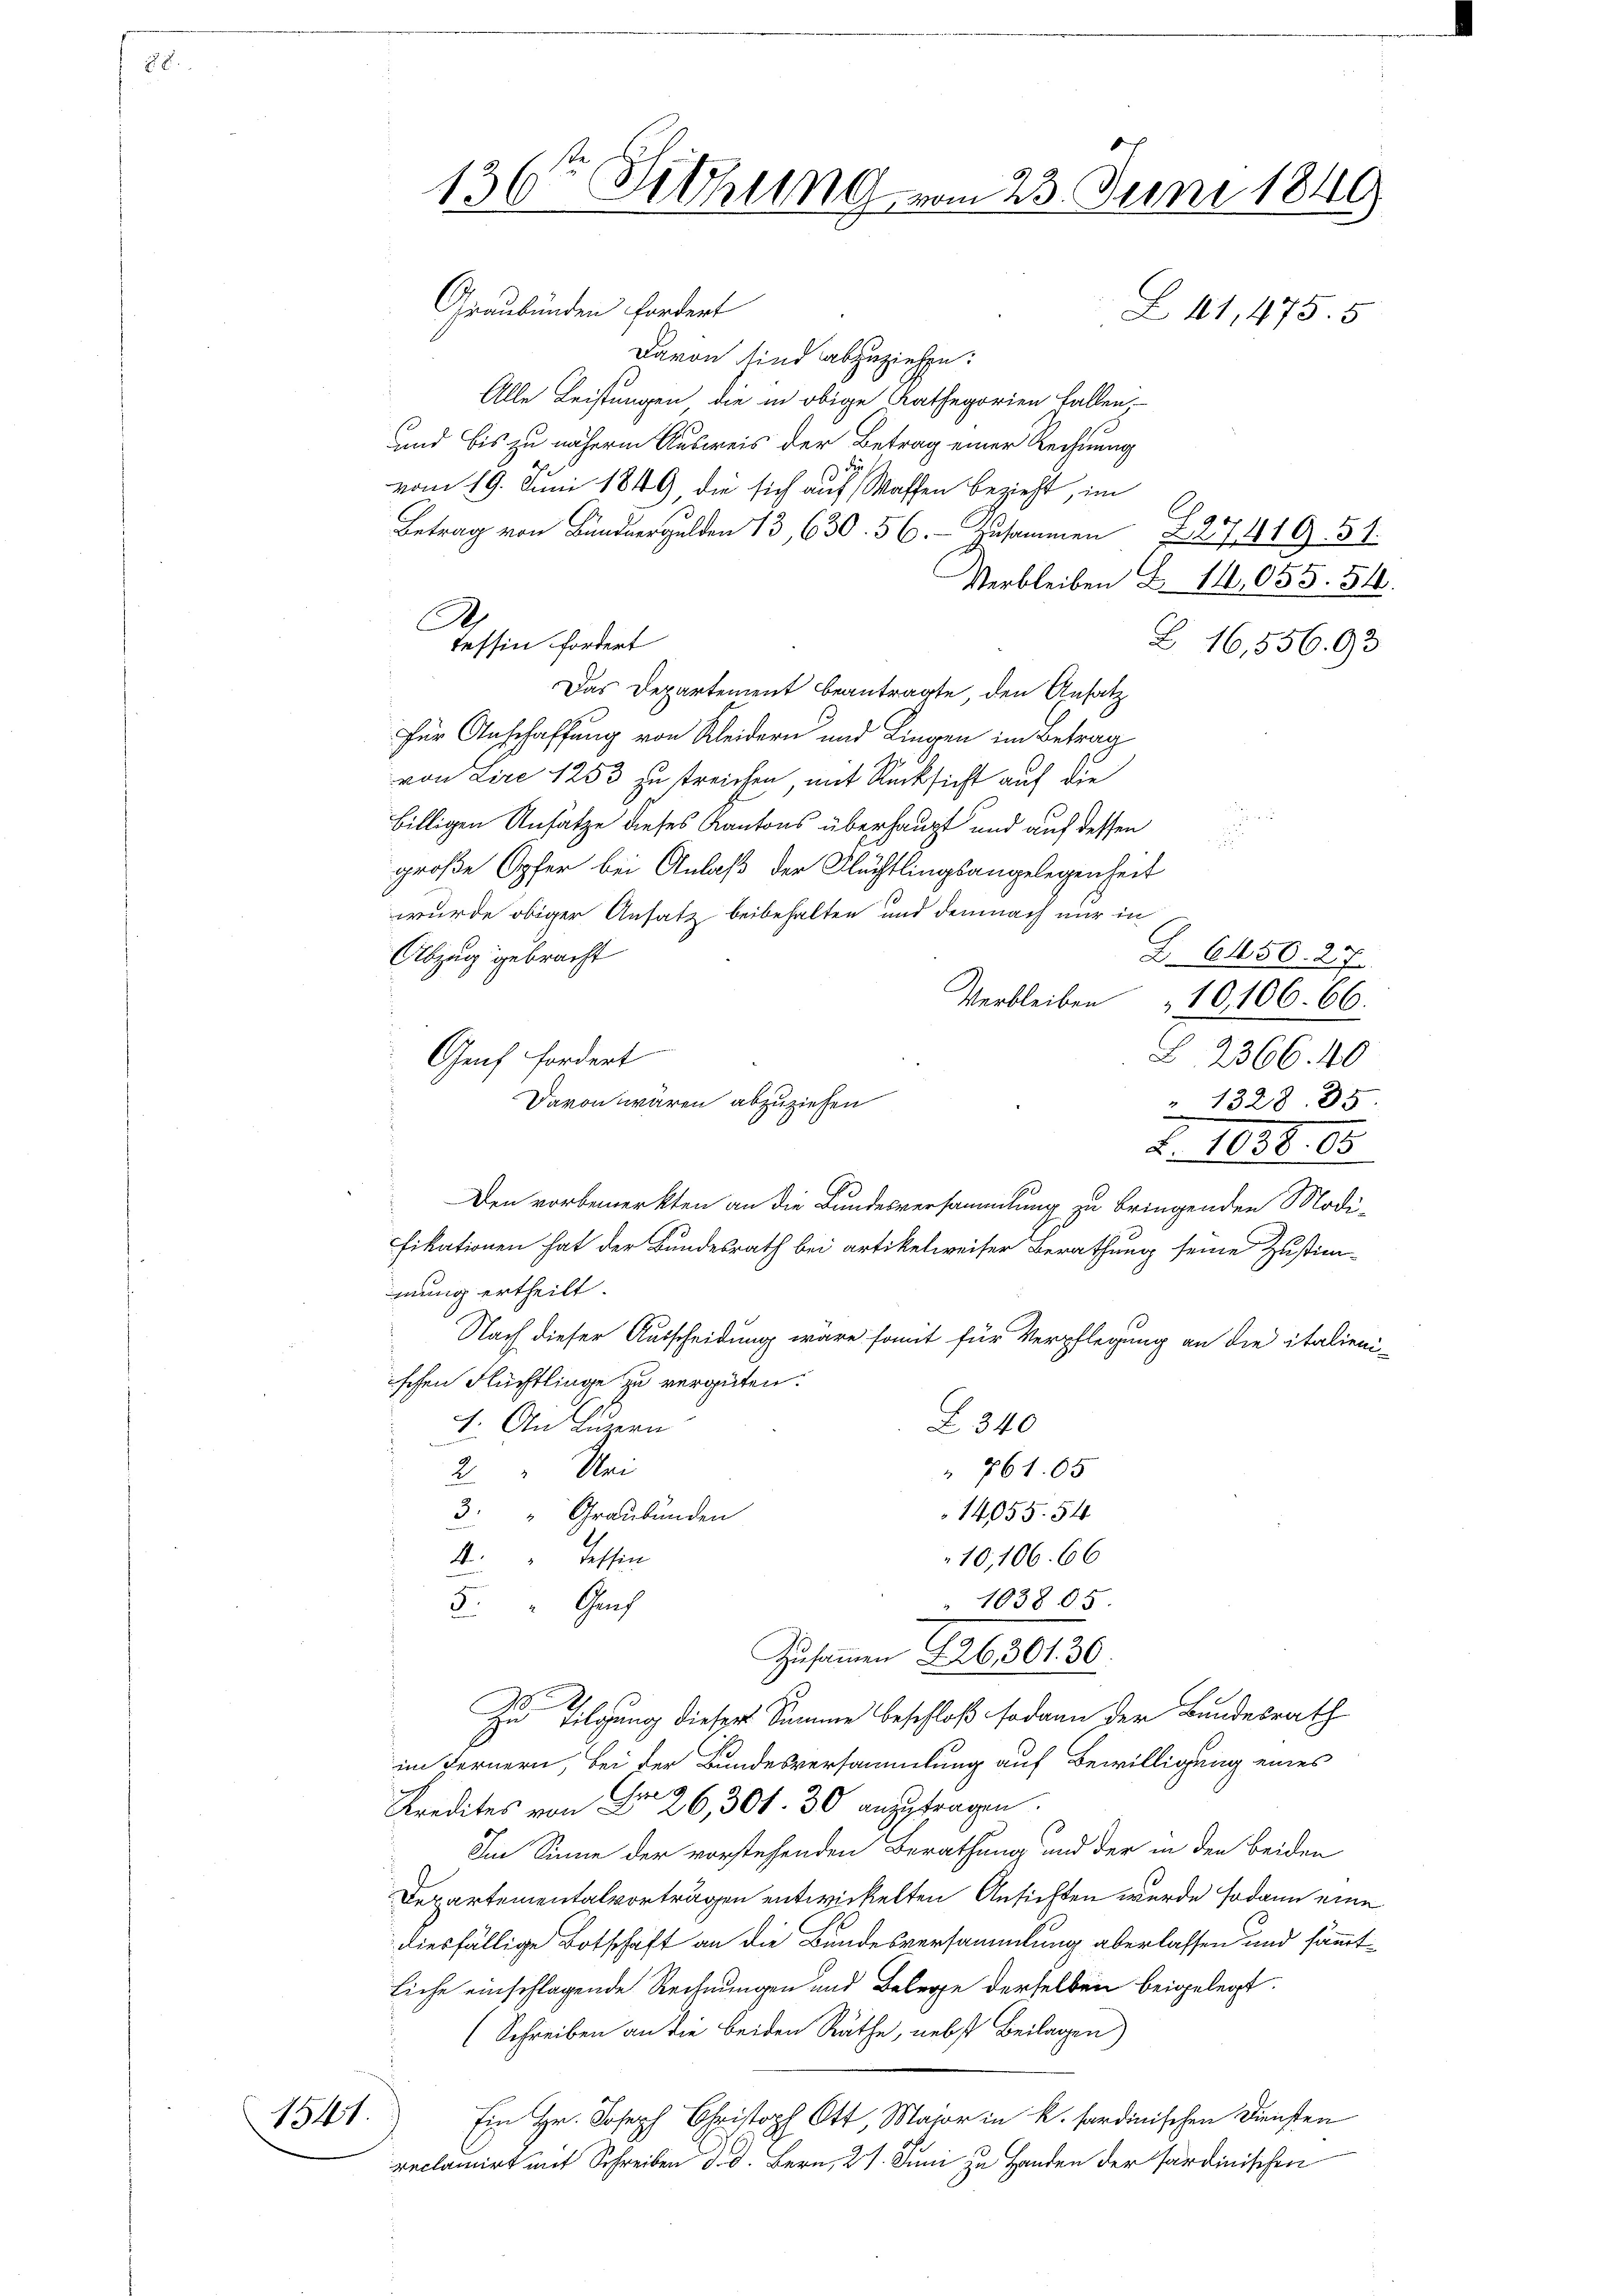
1541.

Davon sind abzuziehen:
Alle Leistungen die in obige Rathegorien fallen,
und bis zu nähere Ausweis der Betrag einer Rechnung
vom 19. Juni 1849 die sich auf Waffen bezieht, im
Betrag von Bundergulden 13,630. 56. Zusammen § 2741951.
B 16,556. 93
Das Departement beantragte, den Ansatz
für Anschaffung von Kleidern und Liegen im Betrag
von Lire 1253 zu streichen mit Rücksicht auf die

billigen Ansätze dieses Kantons überhaupt und auf dessen
.
große Opfer bei Anlaß der Flüchtlingsangelegenheit
wurde obiger Ansatz beibehalten und demnach nur in
Abzug gebracht
Verbleiben
Genf fordert
Davon wären abzuziehen
3
Den vorbemerkten an die Bundesversammlung zu bringenden Modi-
fikationen hat der Bundesrath bei artikelweiser Berathung seine Zustim-
mung ertheilt.
 Nach dieser Ausscheidung wäre somit für Verpflegung an die italieniischen Flüchtlinge zu vergüten.
1. An Luzern
Z 340
 761. 05
2 " Wei
14055. 54
3. " Graubünden
4
10,106. 66
dessen
103805.
5. " Ga
Zusammen 226, 301. 30.
Zu Tilgung dieser Summe beschloß sodann der Bundesrath
im Fernern, bei der Bundesversammlung auf Bewilligung eines
Kredites von Fr. 26, 304. 30 anzutragen.
Im Sinne der vorstehenden Berathung und der in den beiden
Departementalvorträgen entwickelten Ansichten wurde sodann eine
diesfällige Botschaft an die Bundesversammlung aberlassen und sämmtliche einschlagende Rechnungen und Belege derselben beigelegt.
(Schreiben an die beiden Räthe, nebst Beilagen)
Ein Hr. Joseph Christoph Ott, Major in K. sardinischen Diensten
reclamirt mit Schreiben d. d. Bern, 27. Juni zu Handen der sardinischen

136te Sitzung vom 23. Juni 1849
.

Graubünden fordert
Z 41,475. 5

A
Tessin fordert

Verbleiben Z. 14,055. 546.

Z. 6150. 27
10,106. 66.
B. 2366. 40

" 1328. 35
Z. 1034. 18.